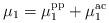
LaTeX: \begin{align*}\mu_1 = \mu_1^\mathrm{pp} + \mu_1^\mathrm{ac}\end{align*}